Rangoon Lunatic Asylum 1878-1892 - 1878-1892
Year: 1878
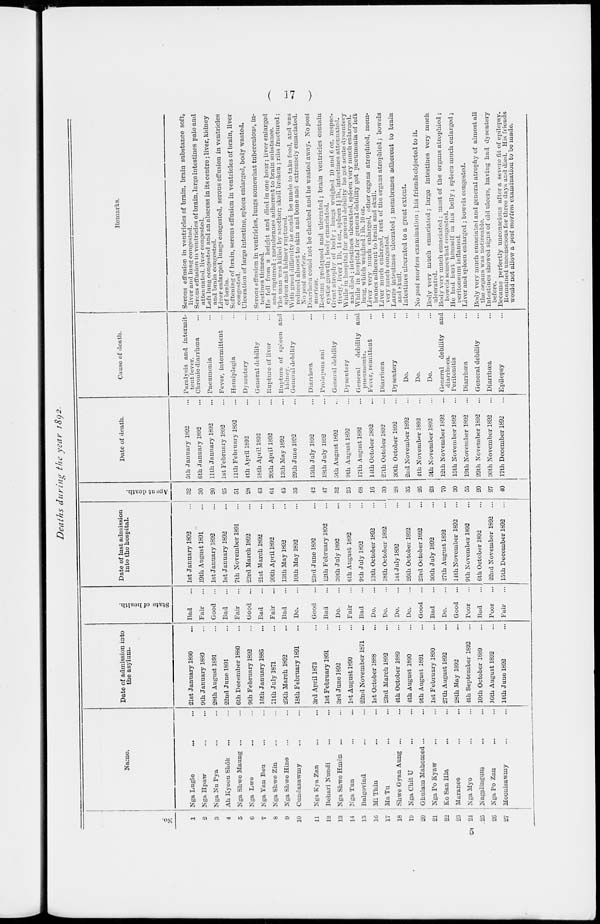
( 17 )
Deaths during the year 1892.
No.
1
2
3
4
5
6
7
8
9
10
11
12
13
14
15
16
17
18
19
20
21
22
23
21
25
26
27
Name.
Nga Lugle ... ...
Nga Hpaw ... ...
Nga Nu Pya ... ...
All Kyoon Shôk ... ...
Nga Shwe Maung ... ...
Nga Lwe ... ...
Nga Yan Beu ... ...
Nga Shwe Zin ... ...
Nga Shwe Hine ... ...
Cundasawmy ... ...
Nga Kya Zan ... ...
Behari Nundi ... ...
Nga Shwe Hmôn ... ...
Nga Tun ... ...
Balgovind ... ...
Mi Thin ... ...
Ma Tu ... ...
Shwe Gyan Aung ... ...
Nga Chit U ... ...
Ghulam Mahomed ... ...
Nga Po Kyaw ... ...
Ko San Hla ... ...
Maranee ... ...
Nga Myo ... ...
Nagalingam ... ...
Nga Po Zan ... ...
Moonisawmy ... ...
Date of admission into
the asylum.
21st January 1890 ...
9th January 1889 ...
28th August 1891 ...
22nd June 1891 ...
6th December 1880 ...
9th February 1892 ...
16th January 1885 ...
11th July 1871 ...
25th March 1892 ...
18th February 1891 ...
3rd April 1873 ...
1st February 1891 ...
3rd June 1892 ...
1st August 1890 ...
22nd November 1671 ...
1st October 1888 ...
23rd March 1892 ...
4th October 1889 ...
4th August 1890 ...
9th August 1891 ...
1st February 1890 ...
27 th August 1892 ...
28th May 1892 ...
4th September 1892 ...
10th October 1889 ...
16th August 1892 ...
14th June 1892 ...
State of health.
Bad ...
Fair ...
Good ...
Bad ...
Fair ...
Good ...
Bad ...
Fair ...
Bad ...
Do. ...
Good ...
Bad ...
Do. ...
Fair ...
Bad ...
Do. ...
Do. ...
Do. ...
Do. ...
Good ...
Bad ...
Do. ...
Good ...
Poor ...
Bad ...
Poor ...
Fair ...
Date of last admission
into the hospital.
1st January 1892 ...
19th August 1891 ...
1st January 1892 ...
1st January 1892 ...
7th November 1891 ...
23rd March 1892 ...
21st March 1892 ...
20th April 1892 ...
13th May 1892 ...
10th May 1892 ...
23rd June 1892 ...
12th February 1892 ...
30th July 1892 ...
6th August 1892 ...
9th July 1892 ...
13th October 1892 ...
18th October 1892 ...
1st July 1892 ...
26th October 1892 ...
23rd October 1892 ...
30th July 1892 ...
27th August 1892 ...
14th November 1892 ...
9 th November 1892 ...
6th October 1892 ...
22nd November 1892 ...
15th December 1892 ...
Age
at death.
32
30
20
25
51
28
43
64
45
35
42
47
32
25
68
16
30
28
35
26
23
70
30
55
20
27
40
Date of death.
5th January 1892 ...
6th January 1892 ...
11th January 1892 ...
1st February 1892 ...
11th February 1892 ...
4th April 1892 ...
18th April 1892 ...
20th April 1892 ...
13th May 1892 ...
29th June 1892 ...
15th July 1892 ...
18th July 1892 ...
5th August 1892 ...
9th August 1892 ...
17th August 1892 ...
14th October 1892 ...
27th October 1892 ...
30th October 1892 ...
2nd November 1892 ...
4th November 1892 ...
5th November 1892 ...
12th November 1892 ...
15th November 1892 ...
19th November 1892 ...
29th November 1892 ...
30th November 1892 ...
17th December 1892 ...
Cause of death.
Paralysis and intermit-
tent fever.
Chronic diarrhœa ...
Pneumonia ...
Fever, intermittent ...
Hemiplegia ...
Dysentery ...
General debility ...
Rupture of liver ...
Rupture of spleen and
kidney.
General debility ...
Diarrhœa ...
Prolapsus ani ...
General debility ...
Dysentery ...
General debility and
pneumonia.
Fever, remittent ...
Diarrhœa ...
Dysentery ...
Do.
Do.
Do.
General debility and
diarrhoea. Peritonitis ...
Diarrhœa ...
General debility ...
Diarrhœa ...
Epilepsy ...
Remarks.
Serous effusion in ventricles of brain, brain substance soft,
liver and lung congested.
Serous effusion in ventricles of brain, large intestines pale and
attenuated, liver congested.
Left lung congested and an abscess in its centre ; liver, kidney
and brain congested.
Liver enlarged, lungs congested, serous effusion in ventricles
of brain.
Softening of brain, serous effusion in ventricles of brain, liver
congested.
Ulceration of large intestine, spleen enlarged, body wasted.
Serous effusion in ventricles, lungs somewhat tuberculous, in-
testines thinned.
He fell from a height and died in one hour; liver enlarged
and ruptured ; membranes adherent to brain substance.
The man was killed by another; skull broken ; ribs fractured ;
spleen and kidney ruptured.
With great difficulty he could be made to take food, and was
reduced almost to skin and bone and extremely emaciated.
No post mortem.
Diarrhœa could not be checked and he wasted away. No post
mortem.
Rectum prolapsed and ulcerated ; brain ventricles contain
cystic growth ; body emaciated.
Great atrophy of body; lungs weighed 10 and 6 oz. respec-
tively, liver 1 lb. 14 oz., spleen 1½lb., intestines attenuated.
While in hospital for general debility he got acute dysentery
and died ; intestines ulcerated, spleen very much enlarged.
While in hospital for general debility got pneumonia of left
lung, which weighed 1 lb. 10 oz.
Liver very much enlarged, other organs atrophied, mem-
branes adherent to brain and skull.
Liver much enlarged, rest of the organs atrophied; bowels
very much congested.
Large intestines ulcerated ; membranes adherent to brain
and skull.
Intestines ulcerated to a great extent.
No post mortem examination ; his friends objected to it.
Body very much emaciated ; large intestines very much
ulcerated.
Body very much emaciated ; most of the organs atrophied ;
bowels somewhat congested.
He had hurt himself in his belly ; spleen much enlarged;
peritoneum inflamed.
Liver and spleen enlarged ; bowels congested.
Body very much emaciated and general atrophy of almost all
the organs was noticeable.
Intestines showed signs of old ulcers, having had dysentery
before.
Became perfectly unconscious after a severe fit of epilepsy.
Remained unconscious for three days and died. His friends
would not allow a post mortem examination to be made.
5